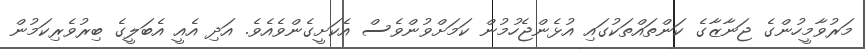
މަރުވާމީހުންގެ ޖަނާޒާގެ ކަންތައްތަކުގައި އުޅެންޖެހުމުން ކަމަށްވުންވެސް އެކަށީގެންވެއެވެ. އަދި އެއީ އެބަލީގެ ބިރުވެރިކަމުން